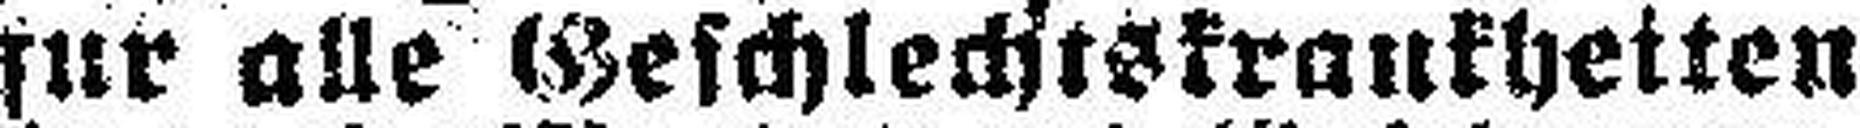
für alle Geschlechtskrankheiten